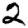
Digit: 2